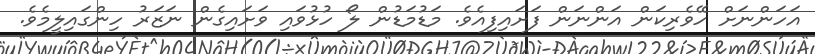
އަހަންނަށް ހޭވެރިކަން އަންނަން ފަށައިފިއެވެ. މަޑުމަޑުން ލޯ ހުޅުވައި ވަށައިގެން ނަޒަރު ހިންގައިލީމެވެ.